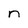
Character: n